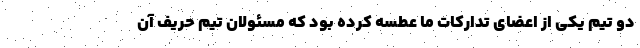
دو تیم یکی از اعضای تدارکات ما عطسه کرده بود که مسئولان تیم حریف آن